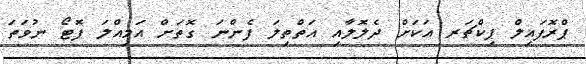
ޕްރޮފައިލް ޕިކްޗަރ އަކަށް ދެލޮލާއި އަތްތިލަ ފެންނަ ގޮތަށް އަމިއްލަ ފޮޓޯ ނުވަތަ